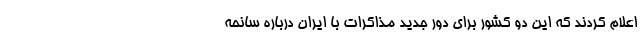
اعلام کردند که این دو کشور برای دور جدید مذاکرات با ایران درباره سانحه